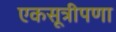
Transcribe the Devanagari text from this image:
एकसूत्रीपणा